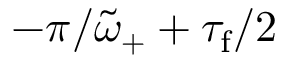
- \pi / \tilde { \omega } _ { + } + \tau _ { \mathrm { f } } / 2